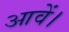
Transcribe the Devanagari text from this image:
आवें।